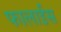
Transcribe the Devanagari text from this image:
फालाईस